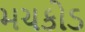
મચકોડ